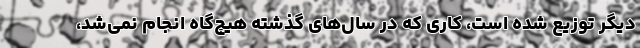
دیگر توزیع شده است، کاری که در سال‌های گذشته هیچ‌گاه انجام نمی‌شد،